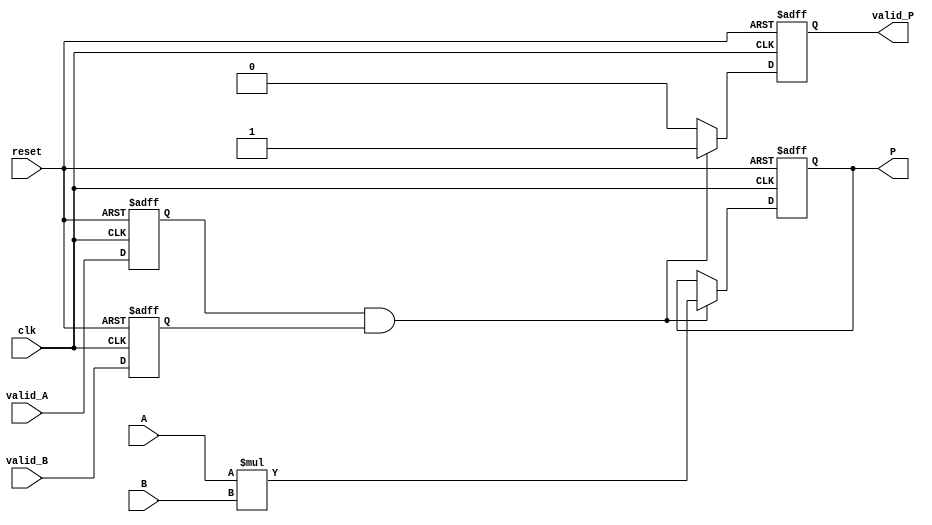
module streaming_multiplier #(parameter DATA_WIDTH = 16) (
    input  wire                  clk,
    input  wire                  reset,
    input  wire [DATA_WIDTH-1:0] A,
    input  wire [DATA_WIDTH-1:0] B,
    input  wire                  valid_A,
    input  wire                  valid_B,
    output reg  [2*DATA_WIDTH-1:0] P,
    output reg                  valid_P
);

    // Internal registers for storing the valid states
    reg   valid_A_reg;
    reg   valid_B_reg;

    always @(posedge clk or posedge reset) begin
        if (reset) begin
            P <= 0;
            valid_P <= 0;
            valid_A_reg <= 0;
            valid_B_reg <= 0;
        end else begin
            // Update valid registers
            valid_A_reg <= valid_A;
            valid_B_reg <= valid_B;

            // Check if both inputs are valid
            if (valid_A_reg && valid_B_reg) begin
                P <= A * B; // Perform multiplication
                valid_P <= 1; // Set valid signal for product
            end else begin
                valid_P <= 0; // Clear valid signal if not both valid
            end
        end
    end

endmodule